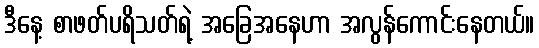
ဒီနေ့ စာဖတ်ပရိသတ်ရဲ့ အခြေအနေဟာ အလွန်ကောင်းနေတယ်။